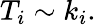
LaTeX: T_{i}\sim k_{i}.